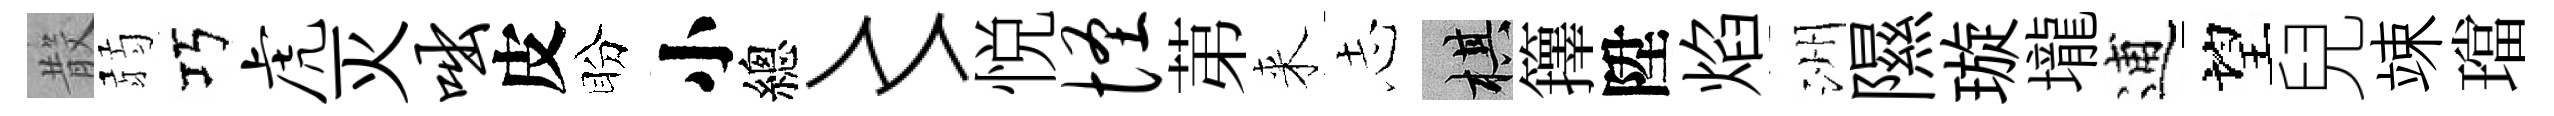
𣪚弱巧虎灭咄皮盼小總〻悦怪苐来𢖽棋籜陞焰洲隰璇壠逋望兒竦璫